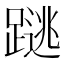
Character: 𰸩